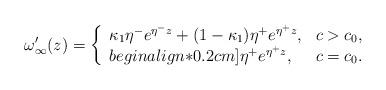
LaTeX: \begin{align*} \omega'_\infty(z)= \left\{ \begin{array}{ll} \kappa_1\eta^-e^{\eta^-z}+(1-\kappa_1)\eta^+e^{\eta^+z}, & c>c_0, \\begin{align*}0.2cm] \eta^+e^{\eta^+z}, & c=c_0. \end{array} \right.\end{align*}